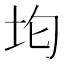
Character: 𭎀